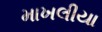
માખલીયા